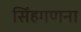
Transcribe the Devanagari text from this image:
सिंहगणना